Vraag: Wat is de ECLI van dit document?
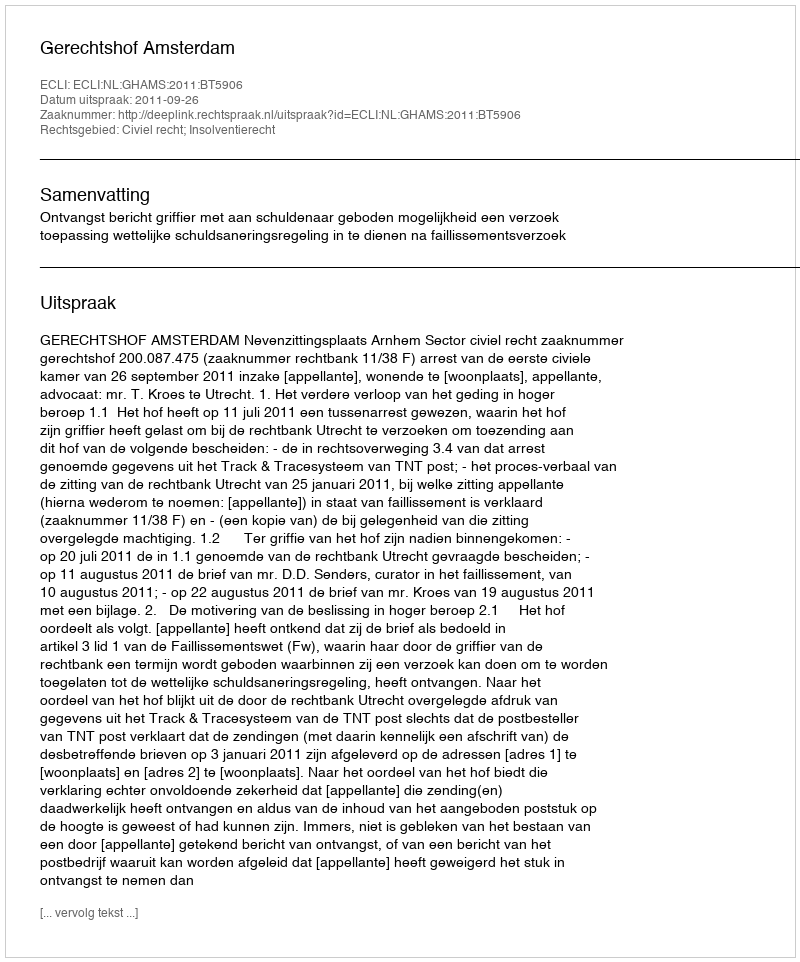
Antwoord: ECLI:NL:GHAMS:2011:BT5906